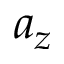
a _ { z }